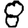
Digit: 8